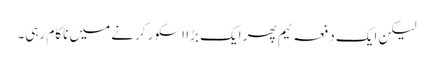
لیکن ایک دفعہ ٹیم پھر ایک بڑا اسکور کرنے میں ناکام رہی۔